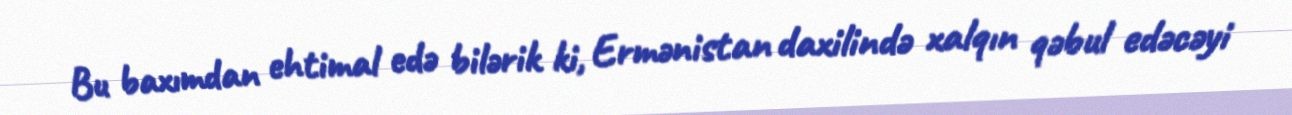
Bu baxımdan ehtimal edə bilərik ki, Ermənistan daxilində xalqın qəbul edəcəyi